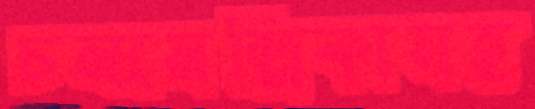
চন্দ্রমল্লিকাসহ